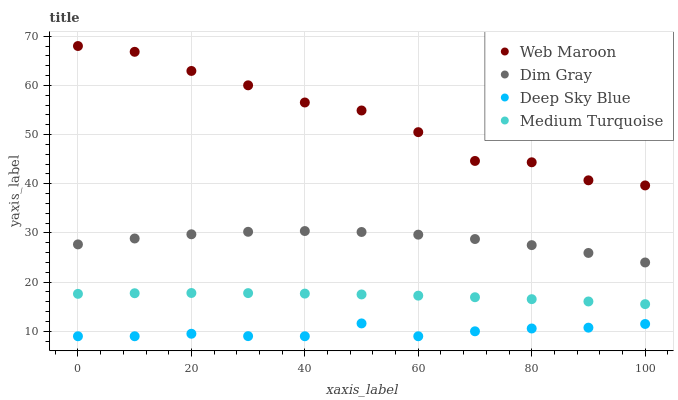
| xaxis_label | Web Maroon | Dim Gray | Deep Sky Blue | Medium Turquoise |
 | --- | --- | --- | --- | --- |
 | 0 | 68 | 27.7 | 9 | 17.6 |
 | 10 | 66.8 | 28.9 | 9 | 17.7 |
 | 20 | 62.9 | 29.7 | 9.51 | 17.8 |
 | 30 | 60 | 30.2 | 9.02 | 17.8 |
 | 40 | 56.5 | 30.4 | 9 | 17.7 |
 | 50 | 54.9 | 30.2 | 11.6 | 17.5 |
 | 60 | 50.5 | 29.7 | 9 | 17.3 |
 | 70 | 44.6 | 28.8 | 10 | 16.9 |
 | 80 | 44.4 | 27.5 | 10.6 | 16.5 |
 | 90 | 40.7 | 25.9 | 10.7 | 16.1 |
 | 100 | 39.7 | 24 | 11.5 | 15.5 |